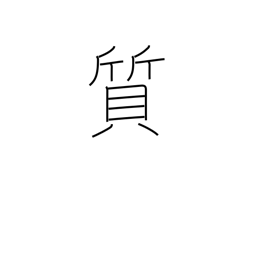
Meaning: substance